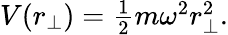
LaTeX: \begin{array}{r}{V(r_{\perp})=\frac{1}{2}m\omega^{2}r_{\perp}^{2}.}\end{array}